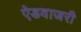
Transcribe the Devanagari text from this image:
ऐडवाजरी